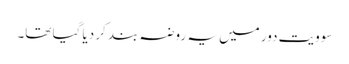
سوویت دور میں یہ روضہ بند کر دیا گیا تھا۔